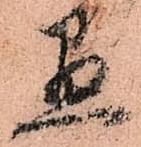
愚